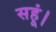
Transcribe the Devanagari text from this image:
सहूं।